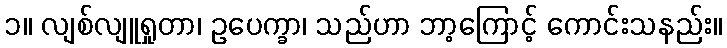
၁။ လျစ်လျူရှုတာ၊ ဥပေက္ခာ၊ သည်ဟာ ဘာ့ကြောင့် ကောင်းသနည်း။